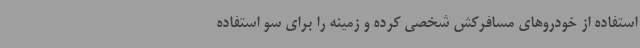
استفاده از خودروهای مسافرکش شخصی کرده و زمینه را برای سو استفاده